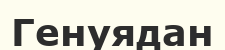
Генуядан